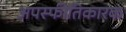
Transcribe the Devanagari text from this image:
अपस्फीतिकारक